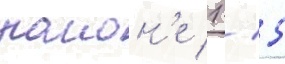
раион'е 1 / 5